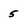
Character: 5